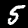
Label: 5